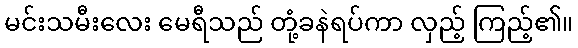
မင်းသမီးလေး မေရီသည် တုံ့ခနဲရပ်ကာ လှည့် ကြည့်၏။